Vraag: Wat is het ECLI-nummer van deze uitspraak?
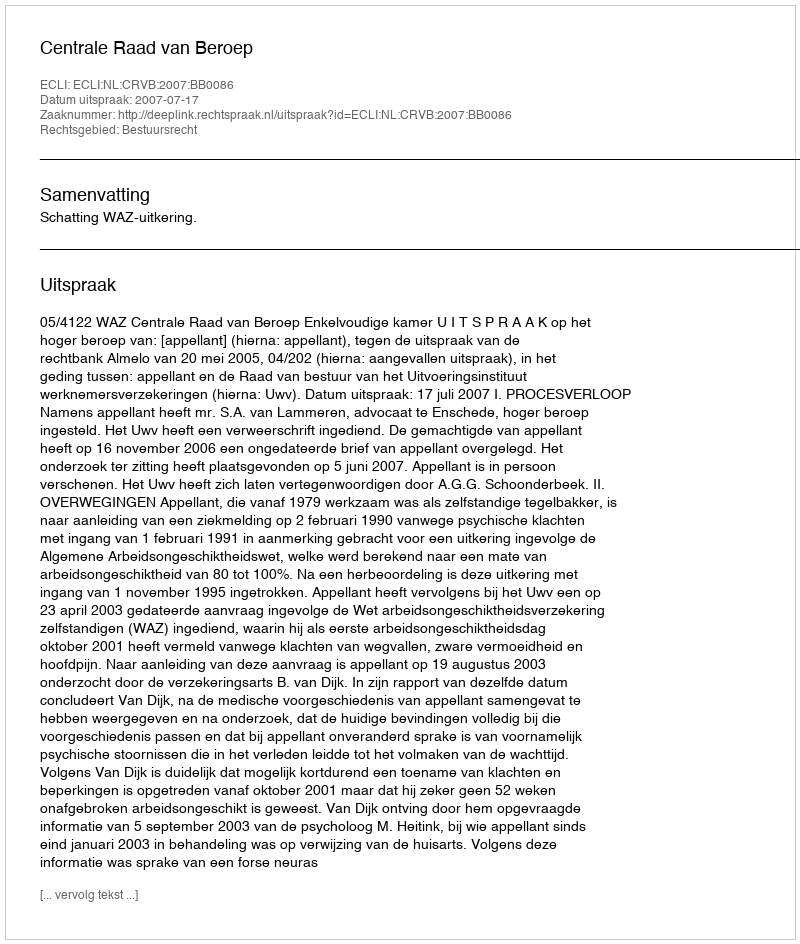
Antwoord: ECLI:NL:CRVB:2007:BB0086